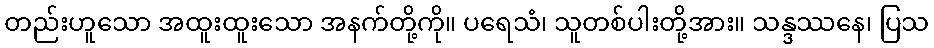
တည်းဟူသော အထူးထူးသော အနက်တို့ကို။ ပရေသံ၊ သူတစ်ပါးတို့အား။ သန္ဒဿနေ၊ ပြသ